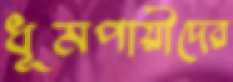
ধূমপায়ীদের